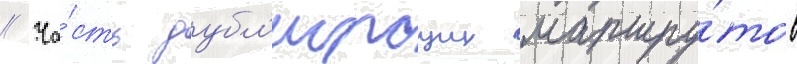
// Ча́сть дубл'ирщих маршру́тов